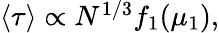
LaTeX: \begin{array}{r}{\left\langle\tau\right\rangle\propto N^{1/3}f_{1}(\mu_{1}),}\end{array}